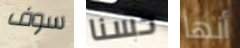
سوف حسنا أنها